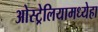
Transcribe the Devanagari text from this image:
ओस्ट्रेलियामध्येहा